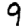
Digit: 9